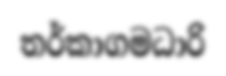
තර්කාගමධාරි